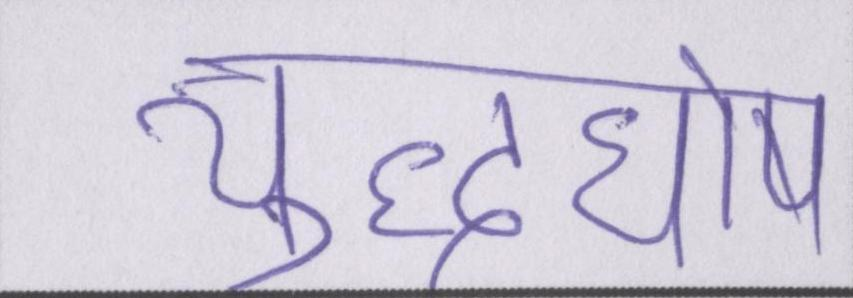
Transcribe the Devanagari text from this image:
युद्धघोष